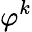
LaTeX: \varphi^{k}